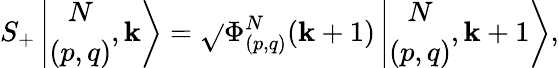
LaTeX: S_{+}\left\vert\begin{array}{c}{{N}}\\ {{(p,q)}}\end{array},\mathbf{k}\right>=\sqrt{}{{\Phi_{(p,q)}^{N}(\mathbf{k}+1)}}\left\vert\begin{array}{c}{{N}}\\ {{(p,q)}}\end{array},\mathbf{k}+1\right>,